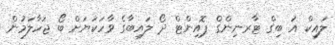
ލައިކް އަ ބިގް ޓާރނިންގް ޕޮއިންޓް ދޯ ލައިބާގެ ވާހަކަޔަށް ބޯ ޖަހާލަމުން